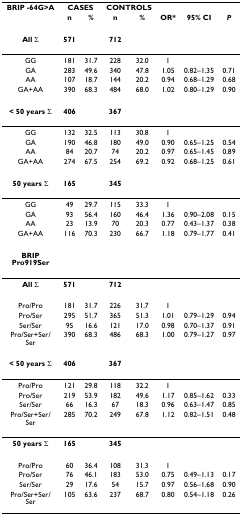
<table><thead><tr><td><b>BRIP -64G&gt;A</b></td><td colspan="2"><b>CASES</b></td><td colspan="2"><b>CONTROLS</b></td><td></td><td></td><td></td></tr><tr><td></td><td><b>n</b></td><td><b>%</b></td><td><b>n</b></td><td><b>%</b></td><td><b>OR*</b></td><td><b>95% CI</b></td><td><b><i>P</i></b></td></tr></thead><tbody><tr><td><b>All </b>Σ</td><td><b>571</b></td><td></td><td><b>712</b></td><td></td><td></td><td></td><td></td></tr><tr><td>GG</td><td>181</td><td>31.7</td><td>228</td><td>32.0</td><td>1</td><td></td><td></td></tr><tr><td>GA</td><td>283</td><td>49.6</td><td>340</td><td>47.8</td><td>1.05</td><td>0.82–1.35</td><td>0.71</td></tr><tr><td>AA</td><td>107</td><td>18.7</td><td>144</td><td>20.2</td><td>0.94</td><td>0.68–1.29</td><td>0.68</td></tr><tr><td>GA+AA</td><td>390</td><td>68.3</td><td>484</td><td>68.0</td><td>1.02</td><td>0.80–1.29</td><td>0.90</td></tr><tr><td><b>&lt; 50 years </b>Σ</td><td><b>406</b></td><td></td><td><b>367</b></td><td></td><td></td><td></td><td></td></tr><tr><td>GG</td><td>132</td><td>32.5</td><td>113</td><td>30.8</td><td>1</td><td></td><td></td></tr><tr><td>GA</td><td>190</td><td>46.8</td><td>180</td><td>49.0</td><td>0.90</td><td>0.65–1.25</td><td>0.54</td></tr><tr><td>AA</td><td>84</td><td>20.7</td><td>74</td><td>20.2</td><td>0.97</td><td>0.65–1.45</td><td>0.89</td></tr><tr><td>GA+AA</td><td>274</td><td>67.5</td><td>254</td><td>69.2</td><td>0.92</td><td>0.68–1.25</td><td>0.61</td></tr><tr><td><b>50 years </b>Σ</td><td><b>165</b></td><td></td><td><b>345</b></td><td></td><td></td><td></td><td></td></tr><tr><td>GG</td><td>49</td><td>29.7</td><td>115</td><td>33.3</td><td>1</td><td></td><td></td></tr><tr><td>GA</td><td>93</td><td>56.4</td><td>160</td><td>46.4</td><td>1.36</td><td>0.90–2.08</td><td>0.15</td></tr><tr><td>AA</td><td>23</td><td>13.9</td><td>70</td><td>20.3</td><td>0.77</td><td>0.43–1.37</td><td>0.38</td></tr><tr><td>GA+AA</td><td>116</td><td>70.3</td><td>230</td><td>66.7</td><td>1.18</td><td>0.79–1.77</td><td>0.41</td></tr><tr><td><b>BRIP Pro919Ser</b></td><td></td><td></td><td></td><td></td><td></td><td></td><td></td></tr><tr><td><b>All </b>Σ</td><td><b>571</b></td><td></td><td><b>712</b></td><td></td><td></td><td></td><td></td></tr><tr><td>Pro/Pro</td><td>181</td><td>31.7</td><td>226</td><td>31.7</td><td>1</td><td></td><td></td></tr><tr><td>Pro/Ser</td><td>295</td><td>51.7</td><td>365</td><td>51.3</td><td>1.01</td><td>0.79–1.29</td><td>0.94</td></tr><tr><td>Ser/Ser</td><td>95</td><td>16.6</td><td>121</td><td>17.0</td><td>0.98</td><td>0.70–1.37</td><td>0.91</td></tr><tr><td>Pro/Ser+Ser/Ser</td><td>390</td><td>68.3</td><td>486</td><td>68.3</td><td>1.00</td><td>0.79–1.27</td><td>0.97</td></tr><tr><td><b>&lt; 50 years </b>Σ</td><td><b>406</b></td><td></td><td><b>367</b></td><td></td><td></td><td></td><td></td></tr><tr><td>Pro/Pro</td><td>121</td><td>29.8</td><td>118</td><td>32.2</td><td>1</td><td></td><td></td></tr><tr><td>Pro/Ser</td><td>219</td><td>53.9</td><td>182</td><td>49.6</td><td>1.17</td><td>0.85–1.62</td><td>0.33</td></tr><tr><td>Ser/Ser</td><td>66</td><td>16.3</td><td>67</td><td>18.3</td><td>0.96</td><td>0.63–1.47</td><td>0.85</td></tr><tr><td>Pro/Ser+Ser/Ser</td><td>285</td><td>70.2</td><td>249</td><td>67.8</td><td>1.12</td><td>0.82–1.51</td><td>0.48</td></tr><tr><td><b>50 years </b>Σ</td><td><b>165</b></td><td></td><td><b>345</b></td><td></td><td></td><td></td><td></td></tr><tr><td>Pro/Pro</td><td>60</td><td>36.4</td><td>108</td><td>31.3</td><td>1</td><td></td><td></td></tr><tr><td>Pro/Ser</td><td>76</td><td>46.1</td><td>183</td><td>53.0</td><td>0.75</td><td>0.49–1.13</td><td>0.17</td></tr><tr><td>Ser/Ser</td><td>29</td><td>17.6</td><td>54</td><td>15.7</td><td>0.97</td><td>0.56–1.68</td><td>0.90</td></tr><tr><td>Pro/Ser+Ser/Ser</td><td>105</td><td>63.6</td><td>237</td><td>68.7</td><td>0.80</td><td>0.54–1.18</td><td>0.26</td></tr></tbody></table>